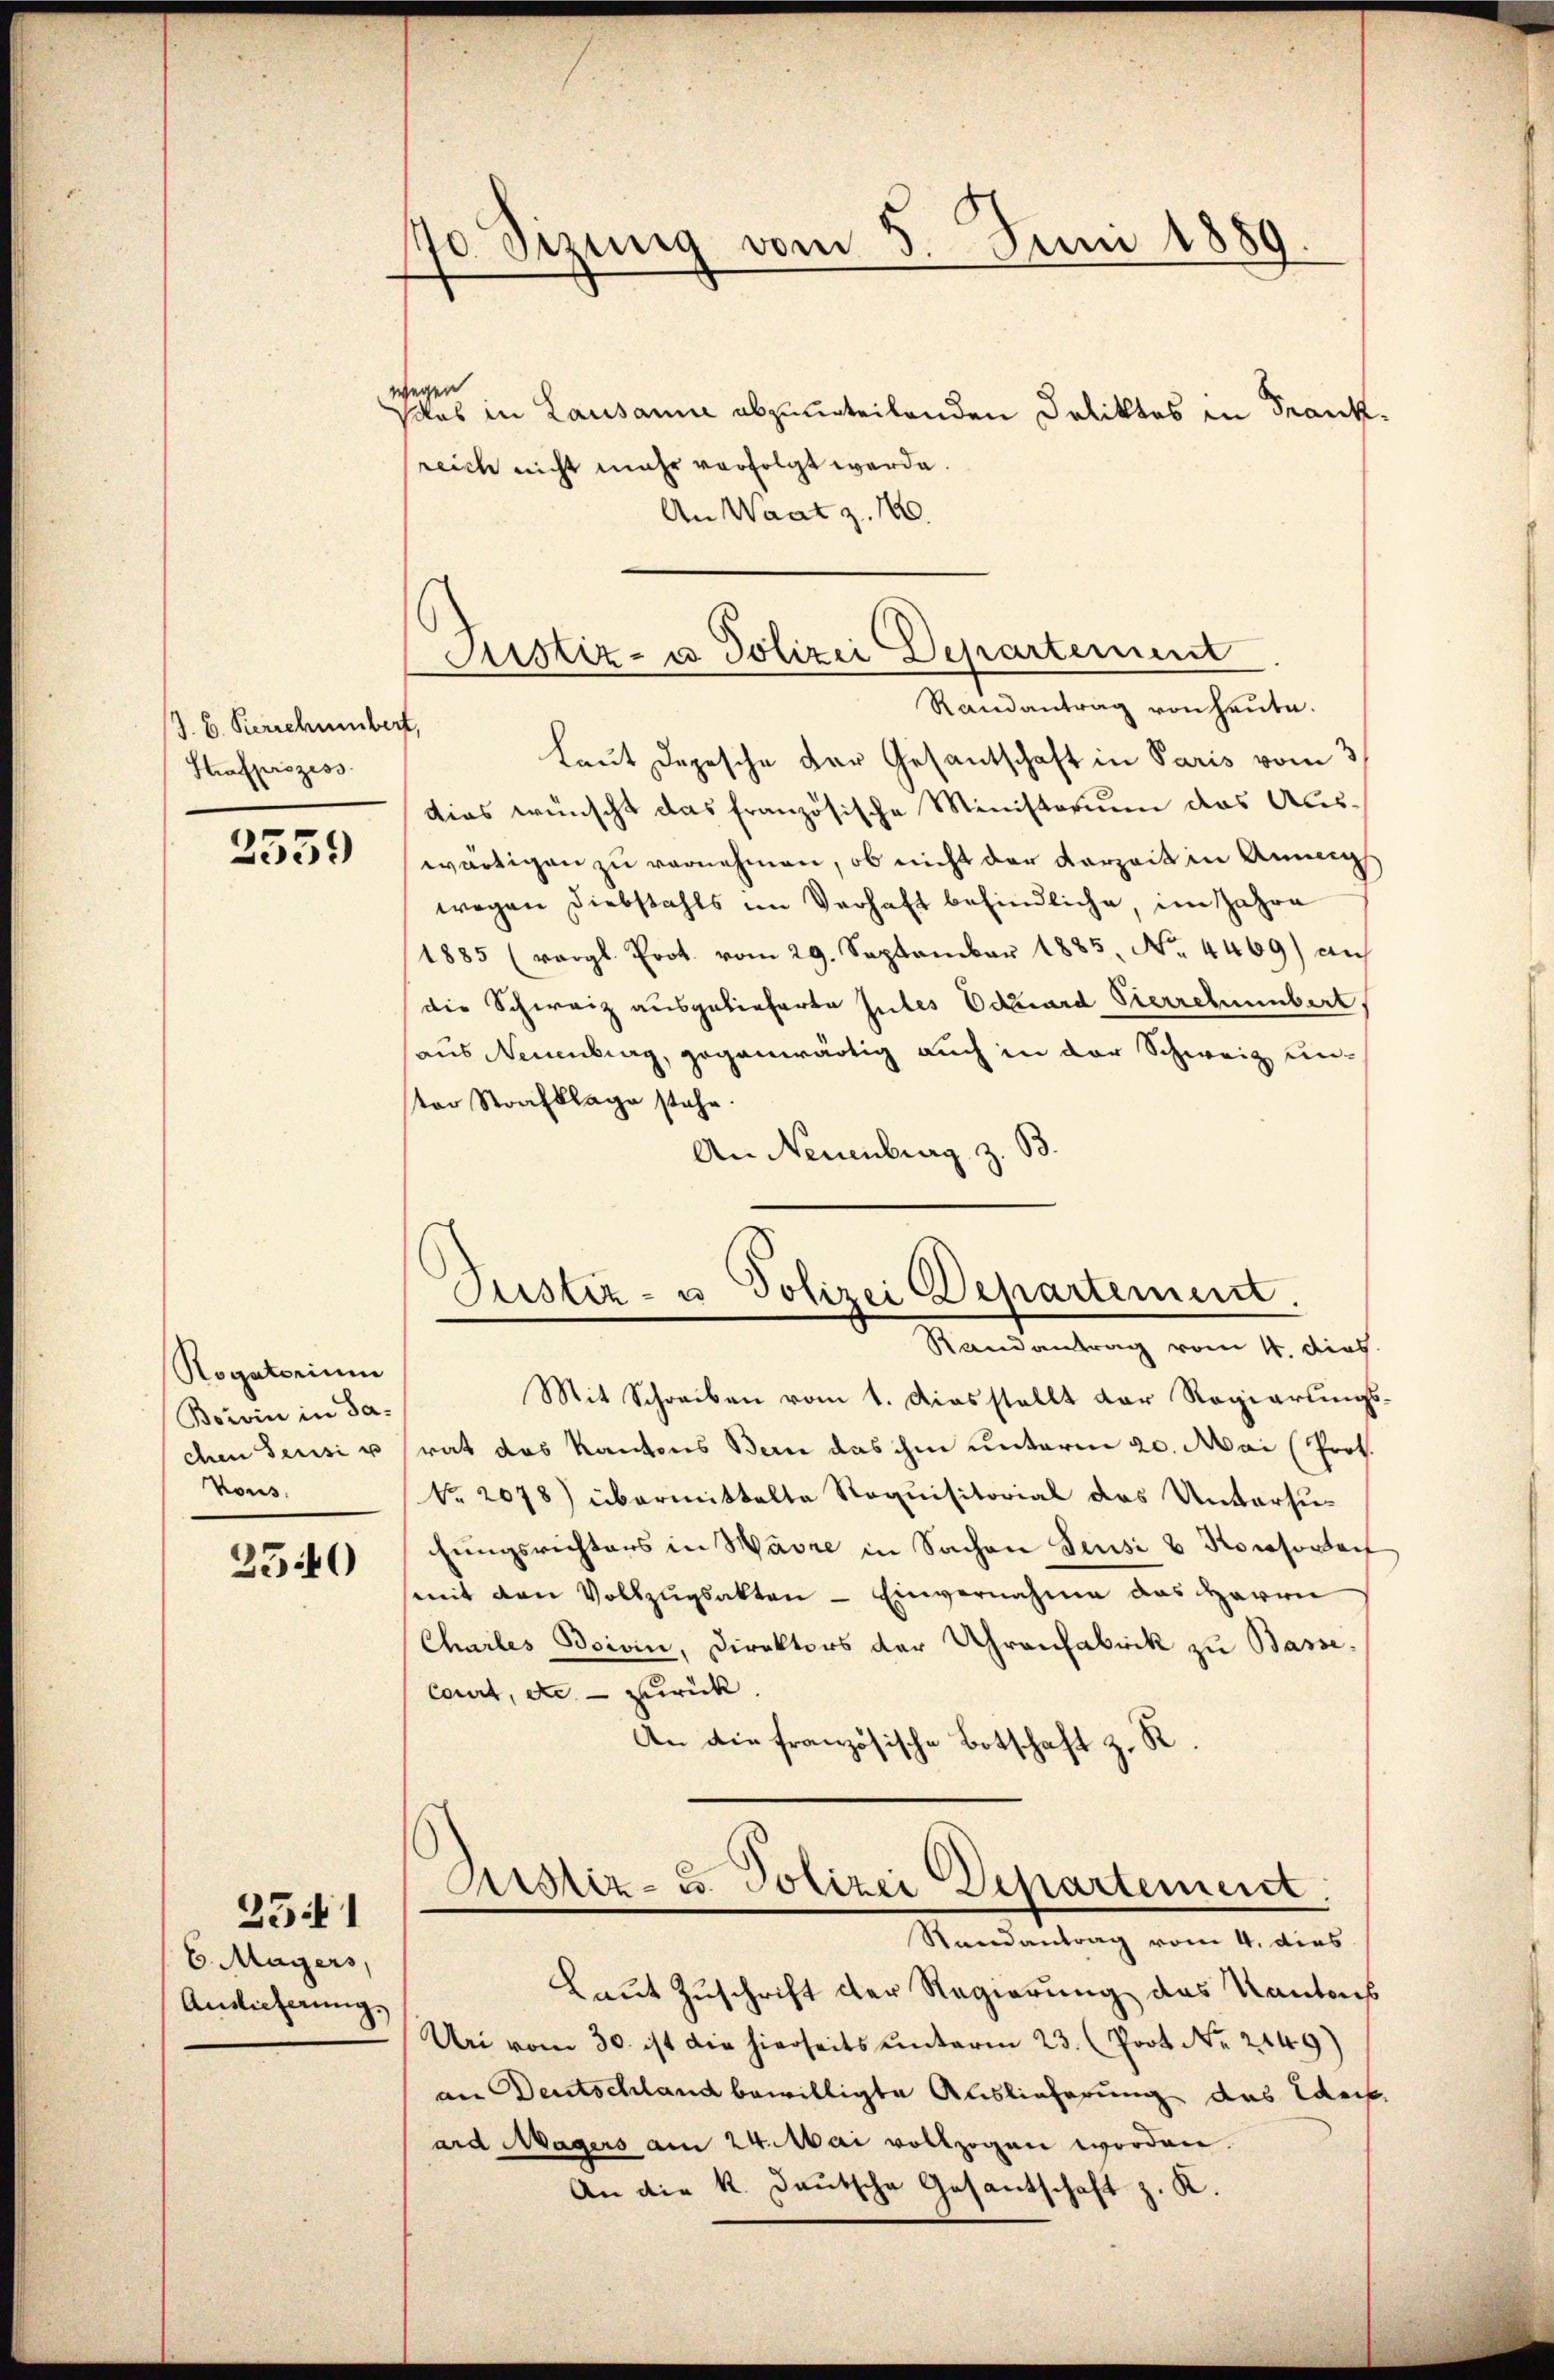
J. C. Perschumbert,
Strafprozess

Rogatorium
Boivin in Sa¬
Kous.

2540

6. Mayers,
Auslieferung.

231

70. Sizung vom 5. Juni 1889.

wegen
salas in Lausanne abzuurteilenden Deliktes in Frank
reich nicht mehr verfolgt werde.
An Waatz. 160.
Randantrag von heute.
laut Depesche der Gesantschaft in Paris vom 3
dies wünscht das französische Ministerium das Aus¬
25552 wärtigen zu vornehmen, ob nicht der Vorzeit in Annungs
wegen Diebstahls im Verhaft befindliche, im Jahre
1885 (vgl. Prot. vom 29. September 1885. No. 4469) auf
die Schweiz ausgelieferte Gutes Eduard Pierrchenbert,
haus Neuenburg, gegenwärtig auch in der Schweiz unter Strafklage stehe.
An Neuenburg z. B.
Justiz- u. Polizei Departement.
Randantrag vom 11. dies
Mit Schreiben vom 1. Diesstellt der Regierungs
chen Seusi usrat das Kantons Bern das ihm unterm 20. Mai (Prof.
No. 2078) übermittelte Requisitorial das Untersuchungsrichters in Wäre in Sachen Feusi & Konsorten
semit den Vollzugsakten - Einvernahme das Herrn
Charles Boivin, Direktors der Uhrenfabrik zu Basse.
Court, etc zurück.
An die französische Botschaft z. R.
Astiz- u. Polizei Departement
Randantrag vom 4. dies
Laut Zuschrift der Regierung des Kantons
Uri vom 30. ist die hierseits unterm 23. (Prot. No. 2149)
an Deutschland bewilligte Auslieferung das Rech
ard Magers am 24. Mai vollzogen worden.
An die k. Deutsche Gesantschaft z. K.

Justiz- u Polizei Departement